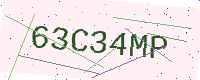
Text: 63C34MP